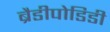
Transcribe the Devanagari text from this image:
ब्रैडीपोडिडी